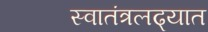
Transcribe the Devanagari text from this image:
स्वातंत्रलढ्यात